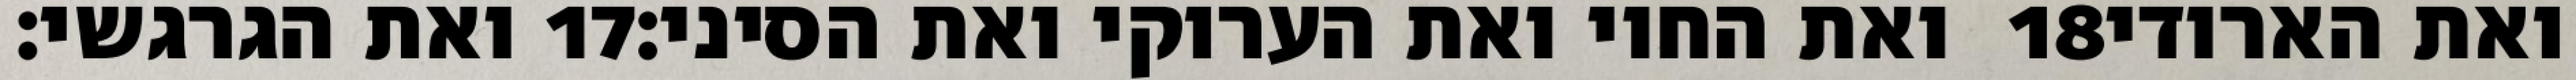
ואת הגרגשי׃ ‎17‏ ואת החוי ואת הערוקי ואת הסיני׃ ‎18‏ ואת הארודי